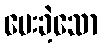
ပေးခဲ့သော